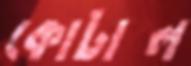
কোটাল